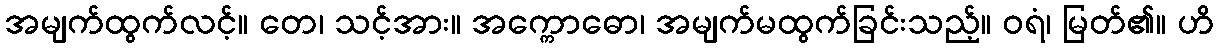
အမျက်ထွက်လင့်။ တေ၊ သင့်အား။ အက္ကောဓော၊ အမျက်မထွက်ခြင်းသည့်။ ဝရံ၊ မြတ်၏။ ဟိ